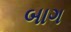
બાગ